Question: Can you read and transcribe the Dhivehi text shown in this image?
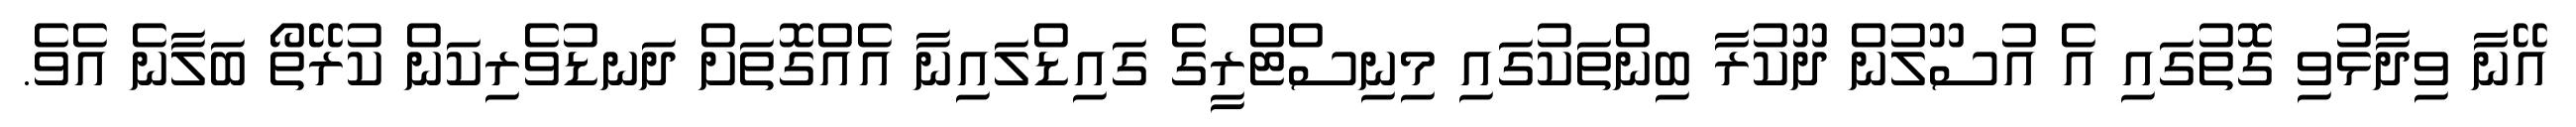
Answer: އޭނާ ވިދާޅުވި ގޮތުގައި އެ އުސޫލުން ދޫކުރާ ބިންތަކުގައި މިނިސްޓްރީގެ ގައިޑްލައިނާ އެއްގޮތަށް ދަނޑުވެރިކަން ކުރޭތޯ ބަލާނެ އެވެ.